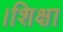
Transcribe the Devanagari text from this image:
।शिक्षा